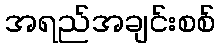
အရည်အချင်းစစ်